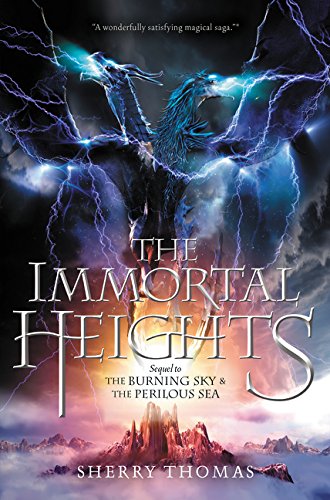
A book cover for The Immortal Heights (Elemental Trilogy); Sherry Thomas; Teen & Young Adult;